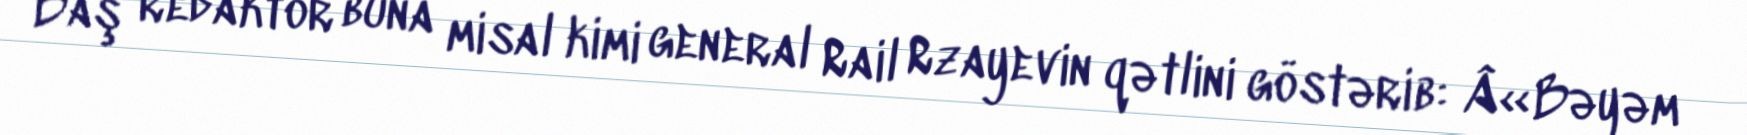
Baş redaktor buna misal kimi general Rail Rzayevin qətlini göstərib: Â«Bəyəm